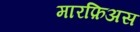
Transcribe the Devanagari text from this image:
मारफ़िअस